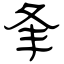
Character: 夆